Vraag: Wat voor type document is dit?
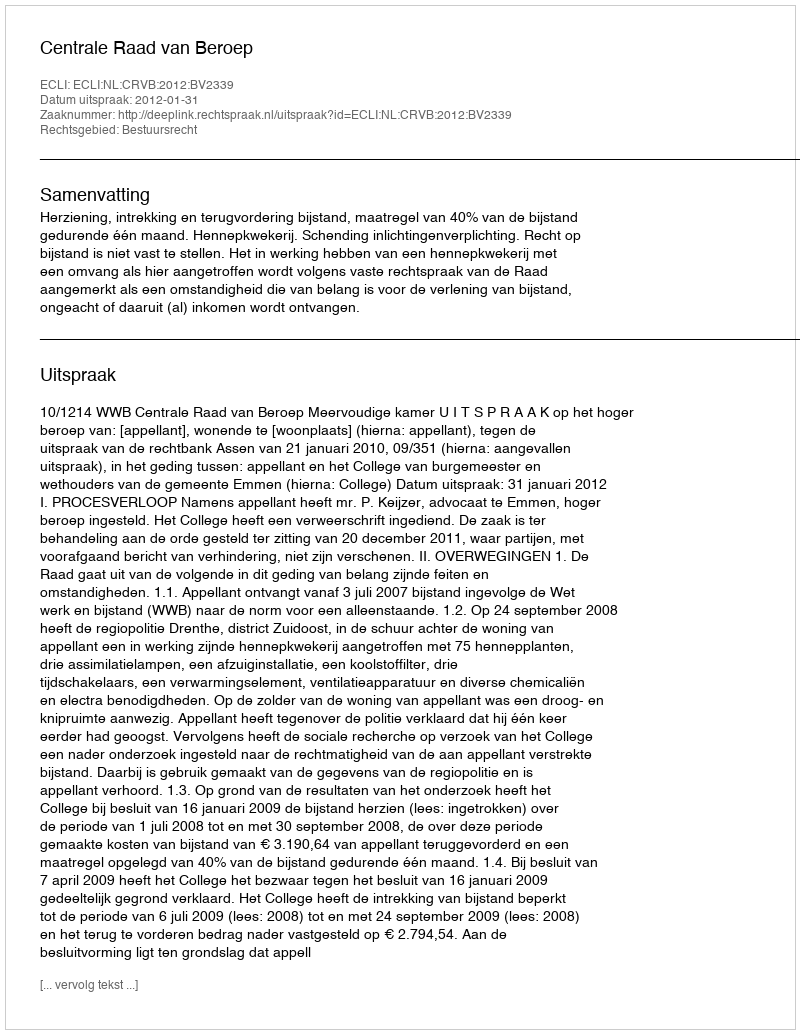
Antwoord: Uitspraak